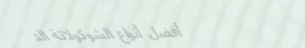
أفضل أنواع الشوكولاتة الد